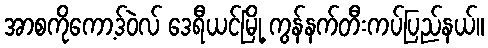
အာစကိုကော့ဒ်ဝဲလ် ဒေရီယင်မြို့ ကွန်နက်တီးကပ်ပြည်နယ်။